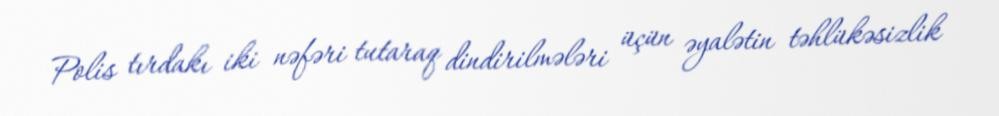
Polis tırdakı iki nəfəri tutaraq dindirilmələri üçün əyalətin təhlükəsizlik